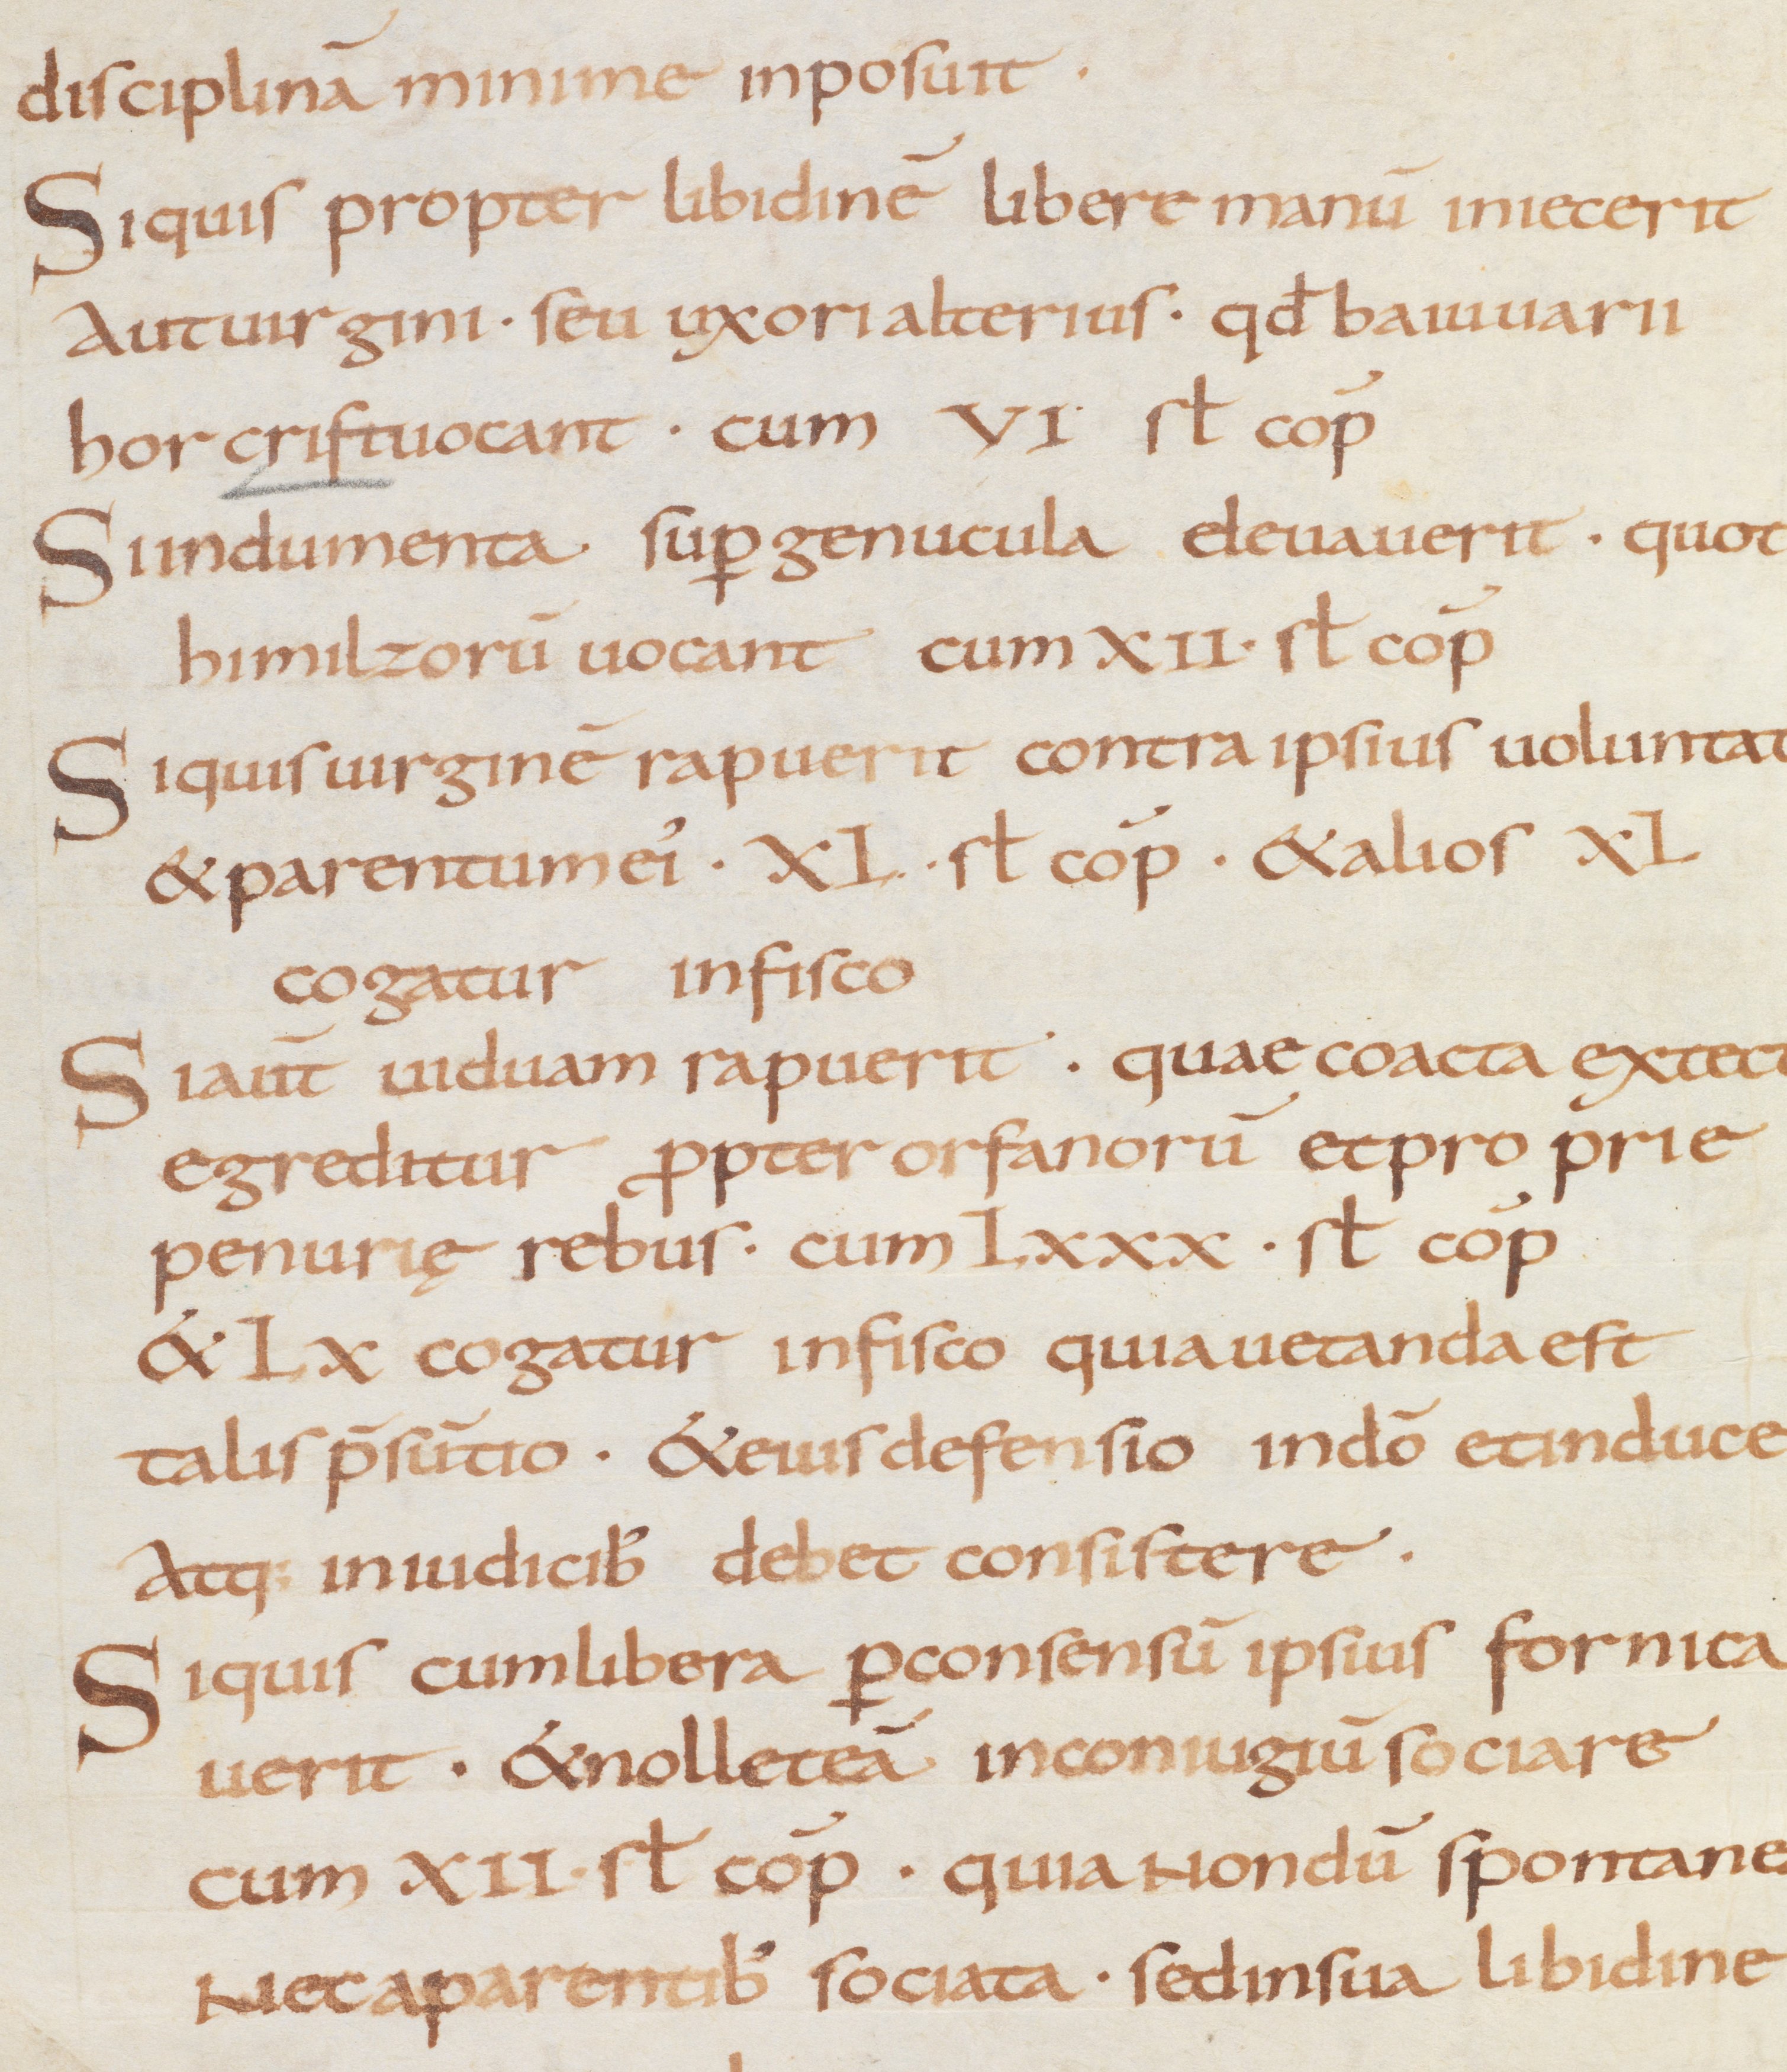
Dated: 875–899